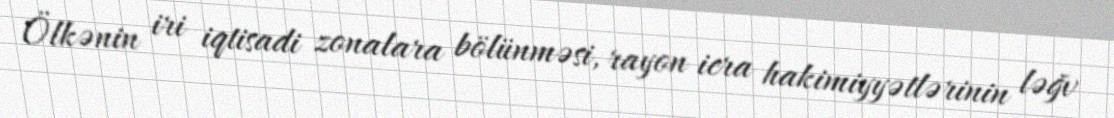
Ölkənin iri iqtisadi zonalara bölünməsi, rayon icra hakimiyyətlərinin ləğv